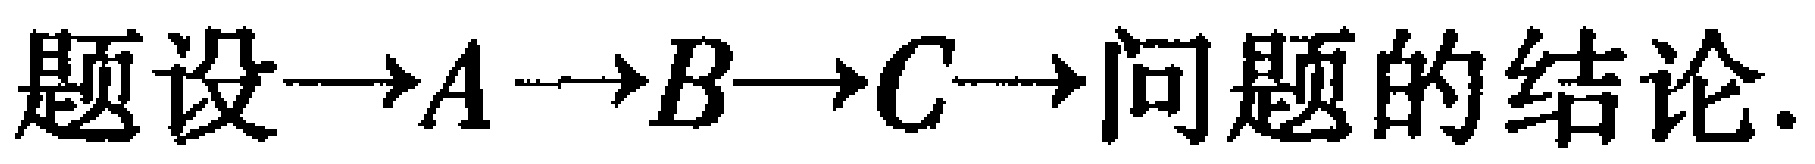
题设$\to A \to B\to C\to$问题的结论.